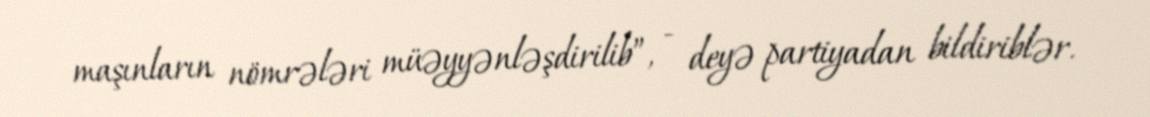
maşınların nömrələri müəyyənləşdirilib”, - deyə partiyadan bildiriblər.